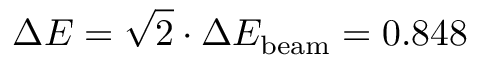
\Delta E = \sqrt { 2 } \cdot \Delta E _ { \mathrm { b e a m } } = 0 . 8 4 8